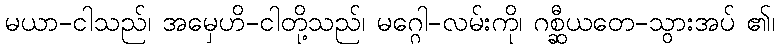
မယာ-ငါသည်၊ အမှေဟိ-ငါတို့သည်၊ မဂ္ဂေါ-လမ်းကို၊ ဂစ္ဆီယတေ-သွားအပ် ၏၊